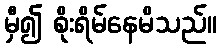
မှီ၍ စိုးရိမ်နေမိသည်။